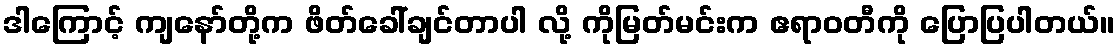
ဒါကြောင့် ကျနော်တို့က ဖိတ်ခေါ်ချင်တာပါ လို့ ကိုမြတ်မင်းက ဧရာဝတီကို ပြောပြပါတယ်။